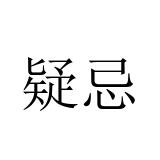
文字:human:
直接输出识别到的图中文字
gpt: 疑忌